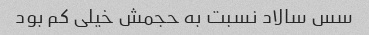
سس سالاد نسبت به حجمش خیلی کم بود